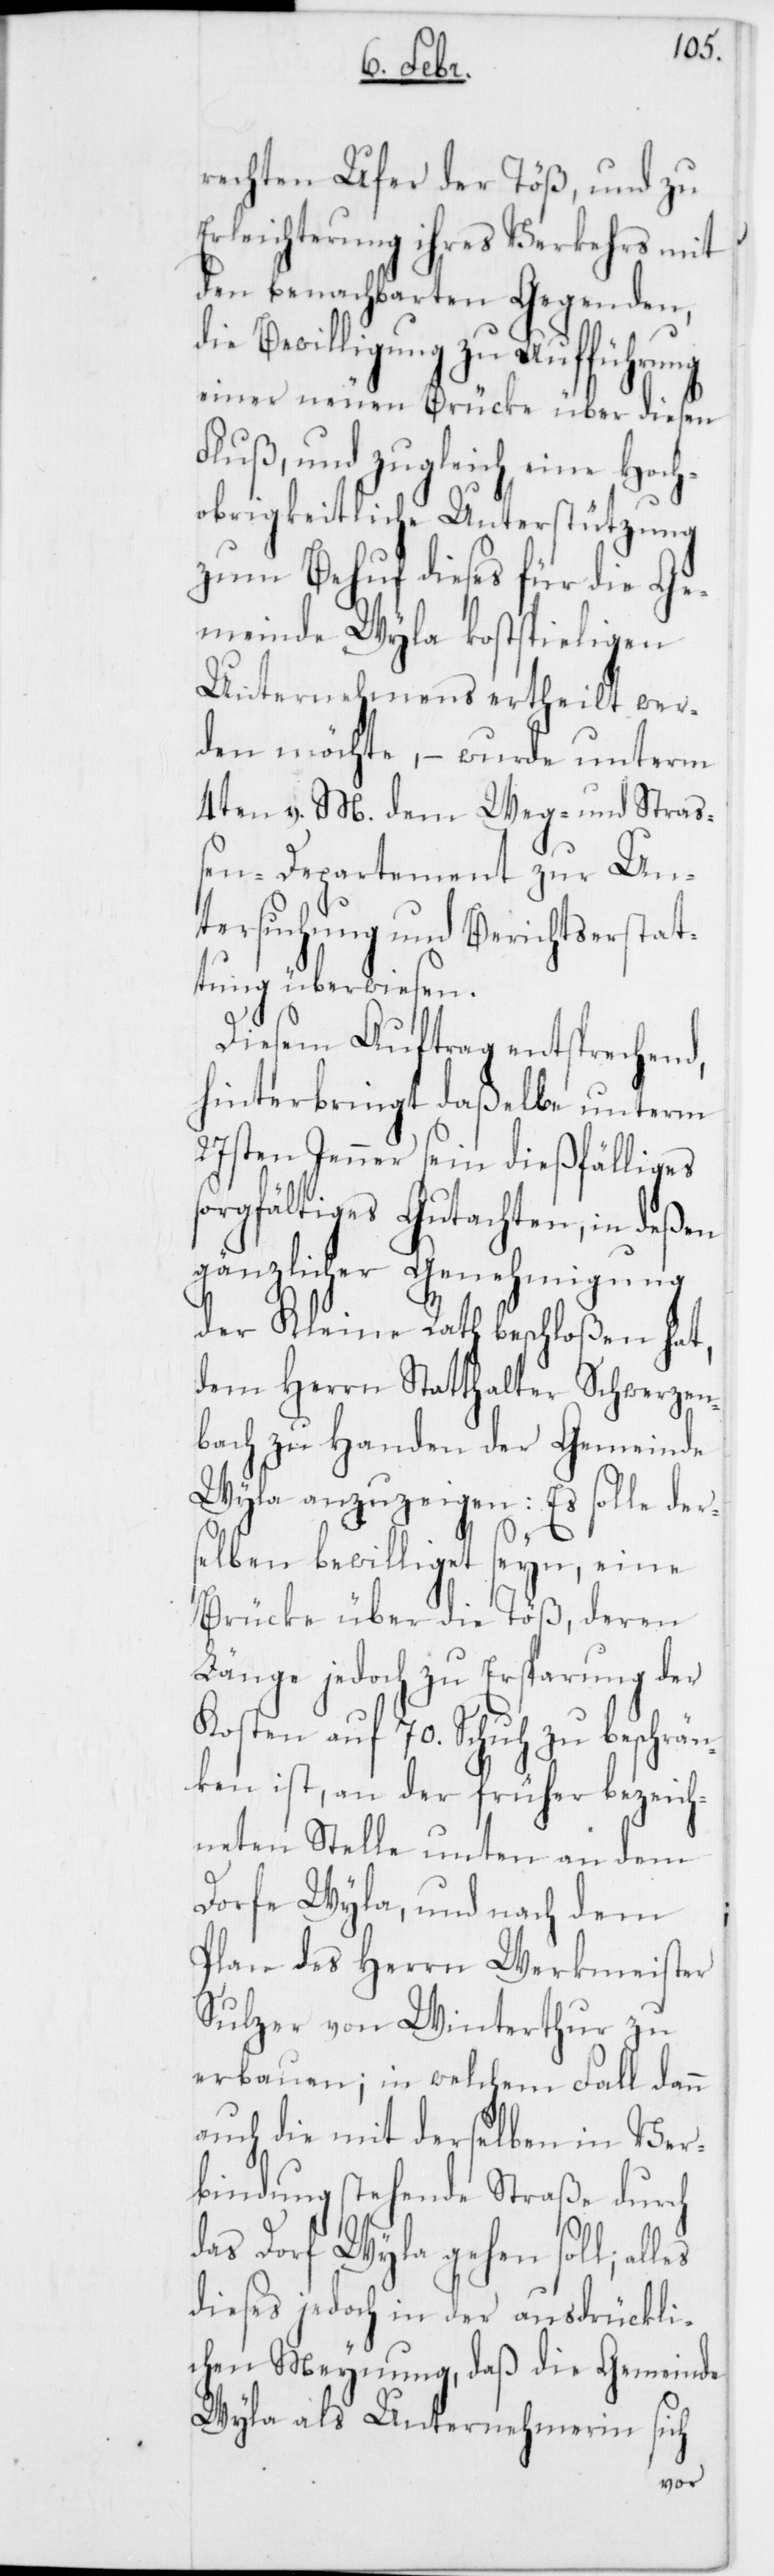
rechten Ufer der Töß,
Erleichterung ihres Verkehrs
den benachbarten Gegen¬
die Bewilligung zu Aufführung
einer neuen Brücke
Fluß, und zugleich eine
obrigkeitliche Unterstützung
zum Behuf dieses für
Sch¬
meinde Wyla kost¬
Unternehmens erth¬
den möchte, – wurde
4ten v. M. dem Weg-
Stra¬
ßen-Departement zur Un¬
tersuchung und Berichts¬
tung überwiesen.
Diesem Auftrag entsprechend,
hinterbringt daßelbe unterm
27sten Jenner sein dießfälliges
sorgfältiges Gutachten, in deßen
gänzlicher Genehmigung
der Kleine Rath beschloßen hat,
dem Herrn Statthalter
bezeic¬
bach zu Handen der Gemeinde
Wyla anzuzeigen: Es
ders¬
elben bewilliget seyn, eine
Brücke über die Töß, deren
Länge jedoch zu Ersparung der
Kosten auf 70. Schuh zu beschrän¬
ken ist, an der früher
hneten Stelle unten an d¬
Dorfe Wyla, und nach
Plan des Herrn Werkmeister
Sulzer von Winterthur zu
erbauen; in welchem Fall
auch die mit derselben in Ver¬
bindung stehende Straße durch
Hoch¬
das Dorf Wyla gehen soll; alles
dieses jedoch in der ausdrükli¬
chen Meynung, daß die Gemeinde
Wyla als Unternehmerin si¬

ch